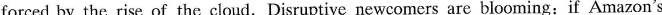
forced by the rise of the cloud.Disruptive newcomers are blooming:if Amazon's